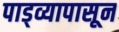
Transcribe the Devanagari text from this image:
पाड्व्यापासून